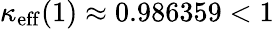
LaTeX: \kappa_{\mathrm{eff}}(1)\approx 0.986359<1